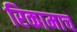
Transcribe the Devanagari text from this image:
रिकामाच